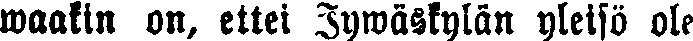
waakin on, ettei Jywäskylän yleisö ole